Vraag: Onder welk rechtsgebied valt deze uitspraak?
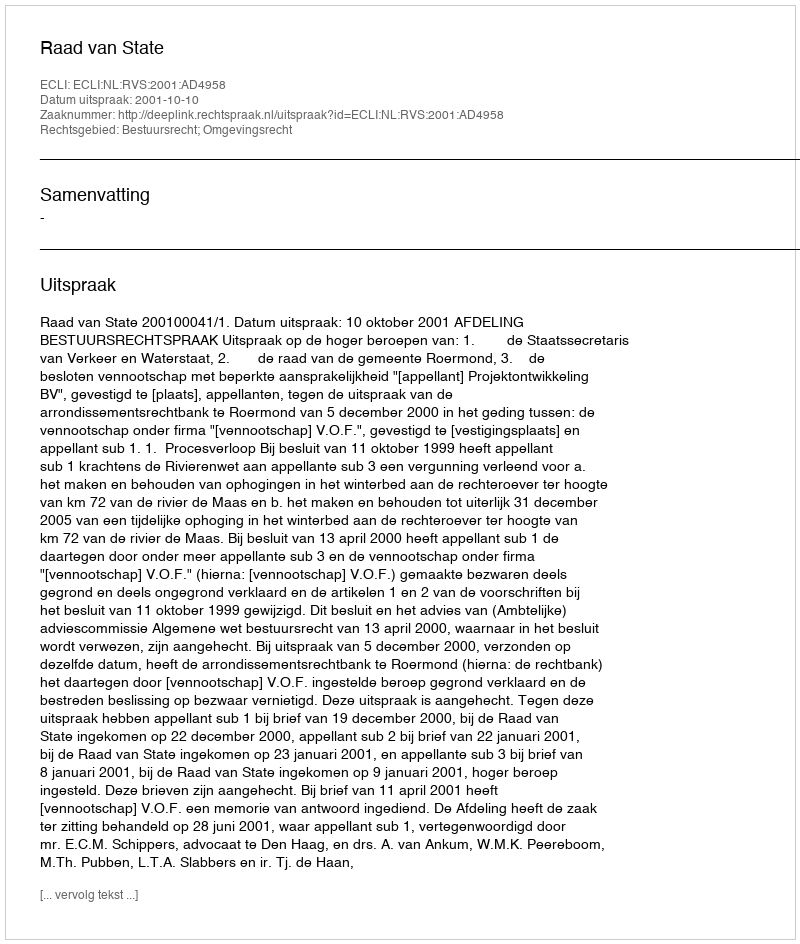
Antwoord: Bestuursrecht; Omgevingsrecht